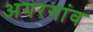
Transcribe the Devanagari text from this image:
अगरगांव